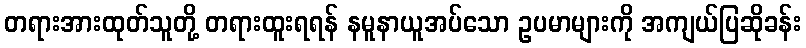
တရားအားထုတ်သူတို့ တရားထူးရရန် နမူနာယူအပ်သော ဥပမာများကို အကျယ်ပြဆိုခန်း